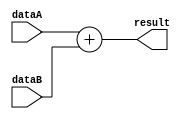
`timescale 1ns / 1ps


module ADD(
input [31:0] dataA,
input [31:0] dataB,
output reg [31:0] result
);

always@(dataA or dataB) begin
result = dataA + dataB;
end

endmodule